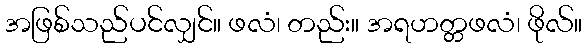
အဖြစ်သည်ပင်လျှင်။ ဖလံ၊ တည်း။ အရဟတ္တဖလံ၊ ဖိုလ်။